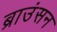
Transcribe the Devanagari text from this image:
ब्राउंसन